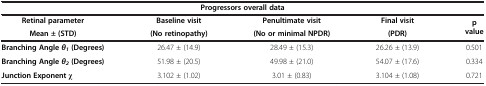
<table><thead><tr><td colspan="5"><b>Progressors overall data</b></td></tr><tr><td><b>Retinal parameter</b></td><td><b>Baseline visit</b></td><td><b>Penultimate visit</b></td><td><b>Final visit</b></td><td rowspan="2"><b>p value</b></td></tr><tr><td><b>Mean ± (STD)</b></td><td><b>(No retinopathy)</b></td><td><b>(No or minimal NPDR)</b></td><td><b>(PDR)</b></td></tr></thead><tbody><tr><td><b>Branching Angle </b><b><i>θ</i></b><sub><b><i>1 </i></b></sub><b>(Degrees)</b></td><td>26.47 ± (14.9)</td><td>28.49 ± (15.3)</td><td>26.26 ± (13.9)</td><td>0.501</td></tr><tr><td><b>Branching Angle </b><b><i>θ</i></b><sub><b><i>2 </i></b></sub><b>(Degrees)</b></td><td>51.98 ± (20.5)</td><td>49.98 ± (21.0)</td><td>54.07 ± (17.6)</td><td>0.334</td></tr><tr><td><b>Junction Exponent</b> χ</td><td>3.102 ± (1.02)</td><td>3.01 ± (0.83)</td><td>3.104 ± (1.08)</td><td>0.721</td></tr></tbody></table>